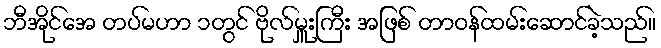
ဘီအိုင်အေ တပ်မဟာ ၁တွင် ဗိုလ်မှူးကြီး အဖြစ် တာဝန်ထမ်းဆောင်ခဲ့သည်။